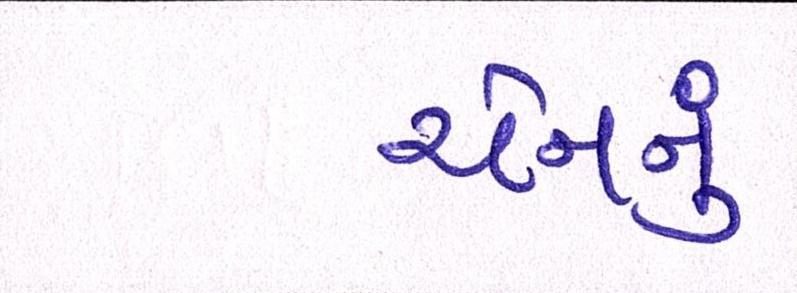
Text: યેનનું